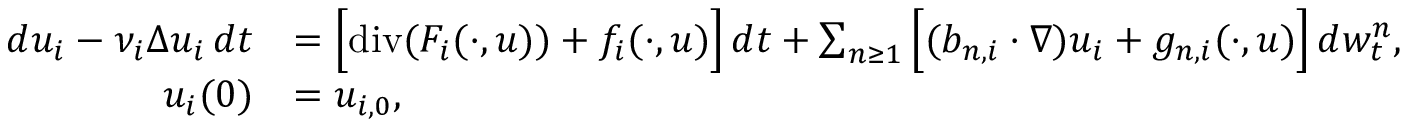
\begin{array} { r l } { d u _ { i } - \nu _ { i } \Delta u _ { i } \, d t } & { = \Big [ \normalfont { \mathrm { d i v } } ( F _ { i } ( \cdot , u ) ) + f _ { i } ( \cdot , u ) \Big ] \, d t + \sum _ { n \geq 1 } \Big [ ( b _ { n , i } \cdot \nabla ) u _ { i } + g _ { n , i } ( \cdot , u ) \Big ] \, d w _ { t } ^ { n } , } \\ { u _ { i } ( 0 ) } & { = u _ { i , 0 } , } \end{array}